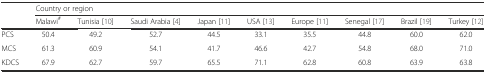
<table><thead><tr><td rowspan="2"></td><td colspan="9"><b>Country or region</b></td></tr><tr><td><b>Malawi<sup>#</sup></b></td><td><b>Tunisia [10]</b></td><td><b>Saudi Arabia [4]</b></td><td><b>Japan [11]</b></td><td><b>USA [13]</b></td><td><b>Europe [11]</b></td><td><b>Senegal [17]</b></td><td><b>Brazil [19]</b></td><td><b>Turkey [12]</b></td></tr></thead><tbody><tr><td>PCS</td><td>50.4</td><td>49.2</td><td>52.7</td><td>44.5</td><td>33.1</td><td>35.5</td><td>44.8</td><td>60.0</td><td>62.0</td></tr><tr><td>MCS</td><td>61.3</td><td>60.9</td><td>54.1</td><td>41.7</td><td>46.6</td><td>42.7</td><td>54.8</td><td>68.0</td><td>71.0</td></tr><tr><td>KDCS</td><td>67.9</td><td>62.7</td><td>59.7</td><td>65.5</td><td>71.1</td><td>62.8</td><td>60.8</td><td>63.9</td><td>63.8</td></tr></tbody></table>